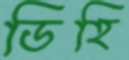
ডিহি